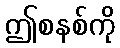
ဤစနစ်ကို